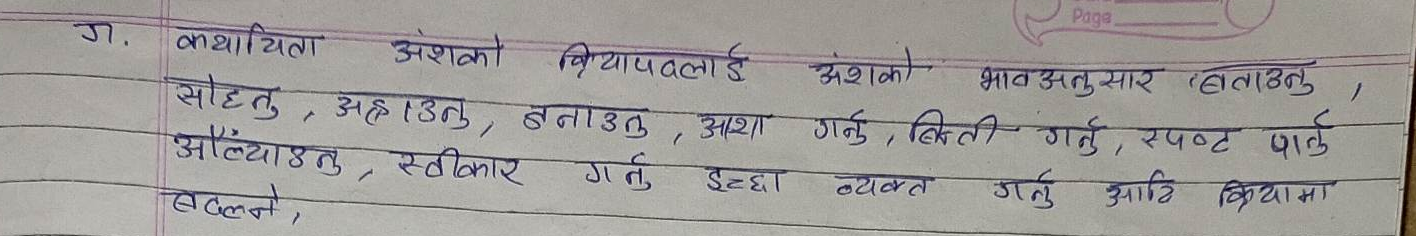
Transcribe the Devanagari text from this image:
ज. कथा यिता अंशको क्रियापवलाई अंशको भाव अनुसार हटाउतु,
सोध्नु, अहाउनु, बनाउनु, आशा गर्नु, बिक्री गर्नु, स्पष्ट पार्नु,
औंल्याउनु, स्वीकार गर्नु इच्छा व्यक्त गर्नु आदि क्रियामा
बदल्ने,